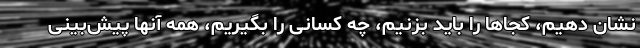
نشان دهیم، کجاها را باید بزنیم، چه کسانی را بگیریم، همه آنها پیش‌بینی